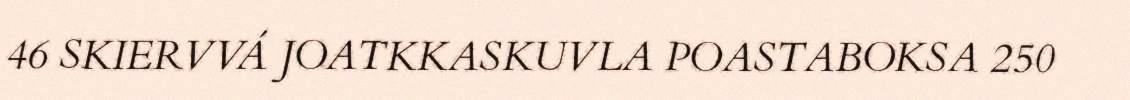
46 SKIERVVÁ JOATKKASKUVLA POASTABOKSA 250